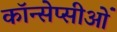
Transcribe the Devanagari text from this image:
कॉन्सेप्सीओं